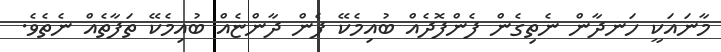
މާނައަކީ ހަނދާން ނެތިގެން ފެންފޮދެއް ބުއިމެކޭ ފެން ދާންޏެއް ބުއިމެކޭ ތަފާތެއް ނެތެވެ.